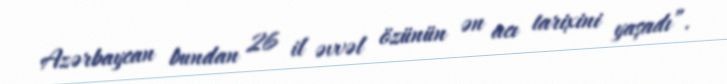
Azərbaycan bundan 26 il əvvəl özünün ən acı tarixini yaşadı”.